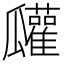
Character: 𤬠